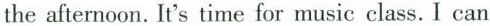
the afternoon. It's time for music class. I can